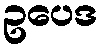
ဥပေဒ